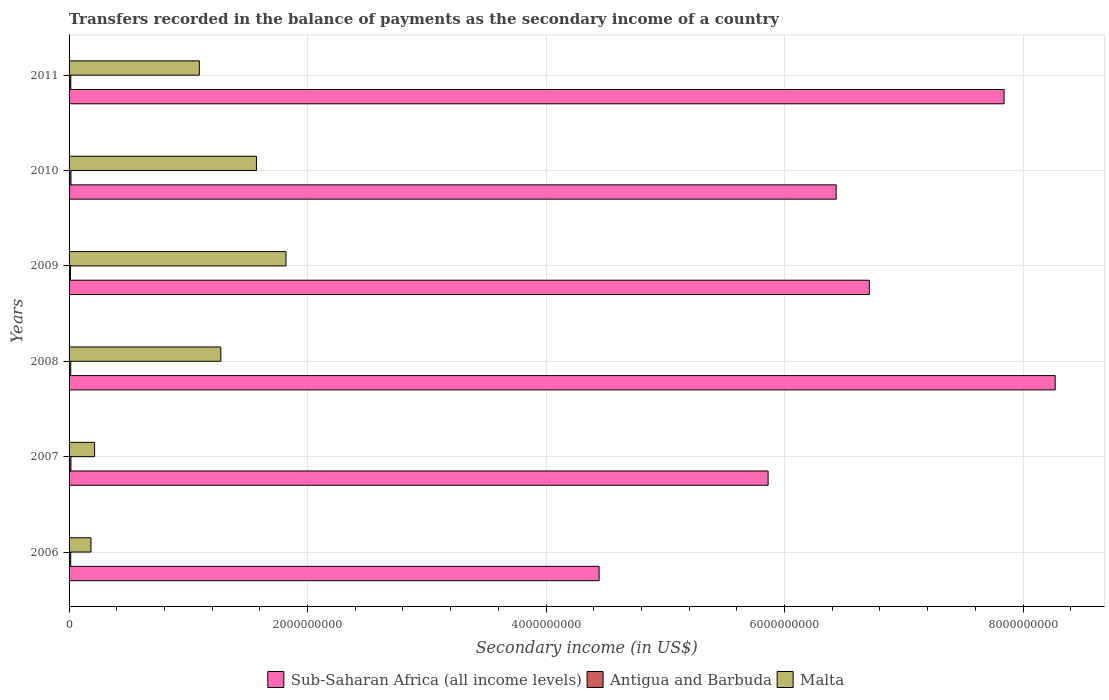
| Years | Sub-Saharan Africa (all income levels) | Antigua and Barbuda | Malta |
 | --- | --- | --- | --- |
 | 2006 | 4.45e+09 | 1.39e+07 | 1.84e+08 |
 | 2007 | 5.86e+09 | 1.56e+07 | 2.14e+08 |
 | 2008 | 8.27e+09 | 1.4e+07 | 1.27e+09 |
 | 2009 | 6.71e+09 | 1.14e+07 | 1.82e+09 |
 | 2010 | 6.43e+09 | 1.6e+07 | 1.57e+09 |
 | 2011 | 7.84e+09 | 1.45e+07 | 1.09e+09 |